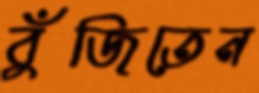
বুঁজিতেন